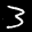
Label: 3